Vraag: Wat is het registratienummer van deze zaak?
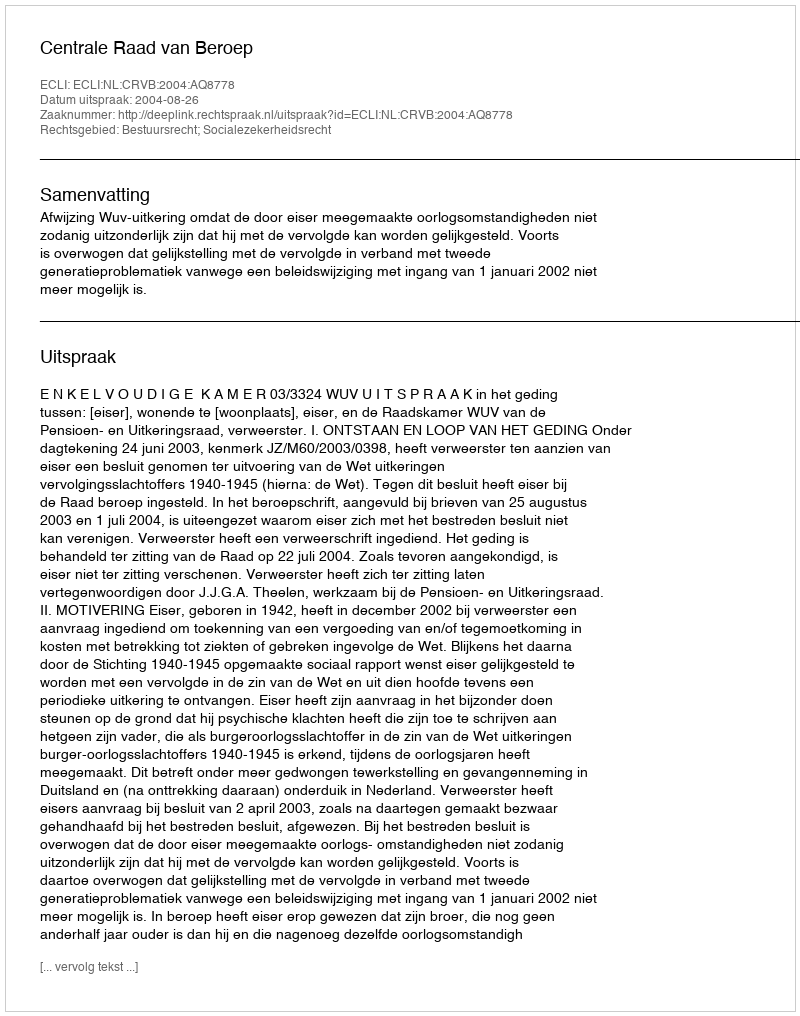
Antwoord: http://deeplink.rechtspraak.nl/uitspraak?id=ECLI:NL:CRVB:2004:AQ8778